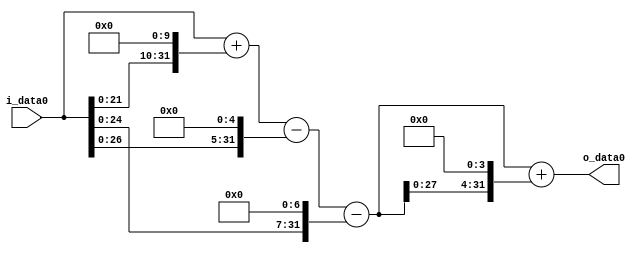
module multiplier_block (
    i_data0,
    o_data0
);

  // Port mode declarations:
  input   [31:0] i_data0;
  output  [31:0]
    o_data0;

  //Multipliers:

  wire [31:0]
    w1,
    w1024,
    w1025,
    w32,
    w993,
    w128,
    w865,
    w13840,
    w14705;

  assign w1 = i_data0;
  assign w1024 = w1 << 10;
  assign w1025 = w1 + w1024;
  assign w128 = w1 << 7;
  assign w13840 = w865 << 4;
  assign w14705 = w865 + w13840;
  assign w32 = w1 << 5;
  assign w865 = w993 - w128;
  assign w993 = w1025 - w32;

  assign o_data0 = w14705;

  //multiplier_block area estimate = 6419.95199098235;
endmodule